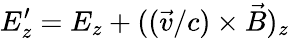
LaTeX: E_{z}^{\prime}=E_{z}+((\vec{v}/c)\times\vec{B})_{z}